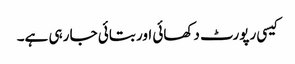
کیسی رپورٹ دکھائی اور بتائی جا رہی ہے۔